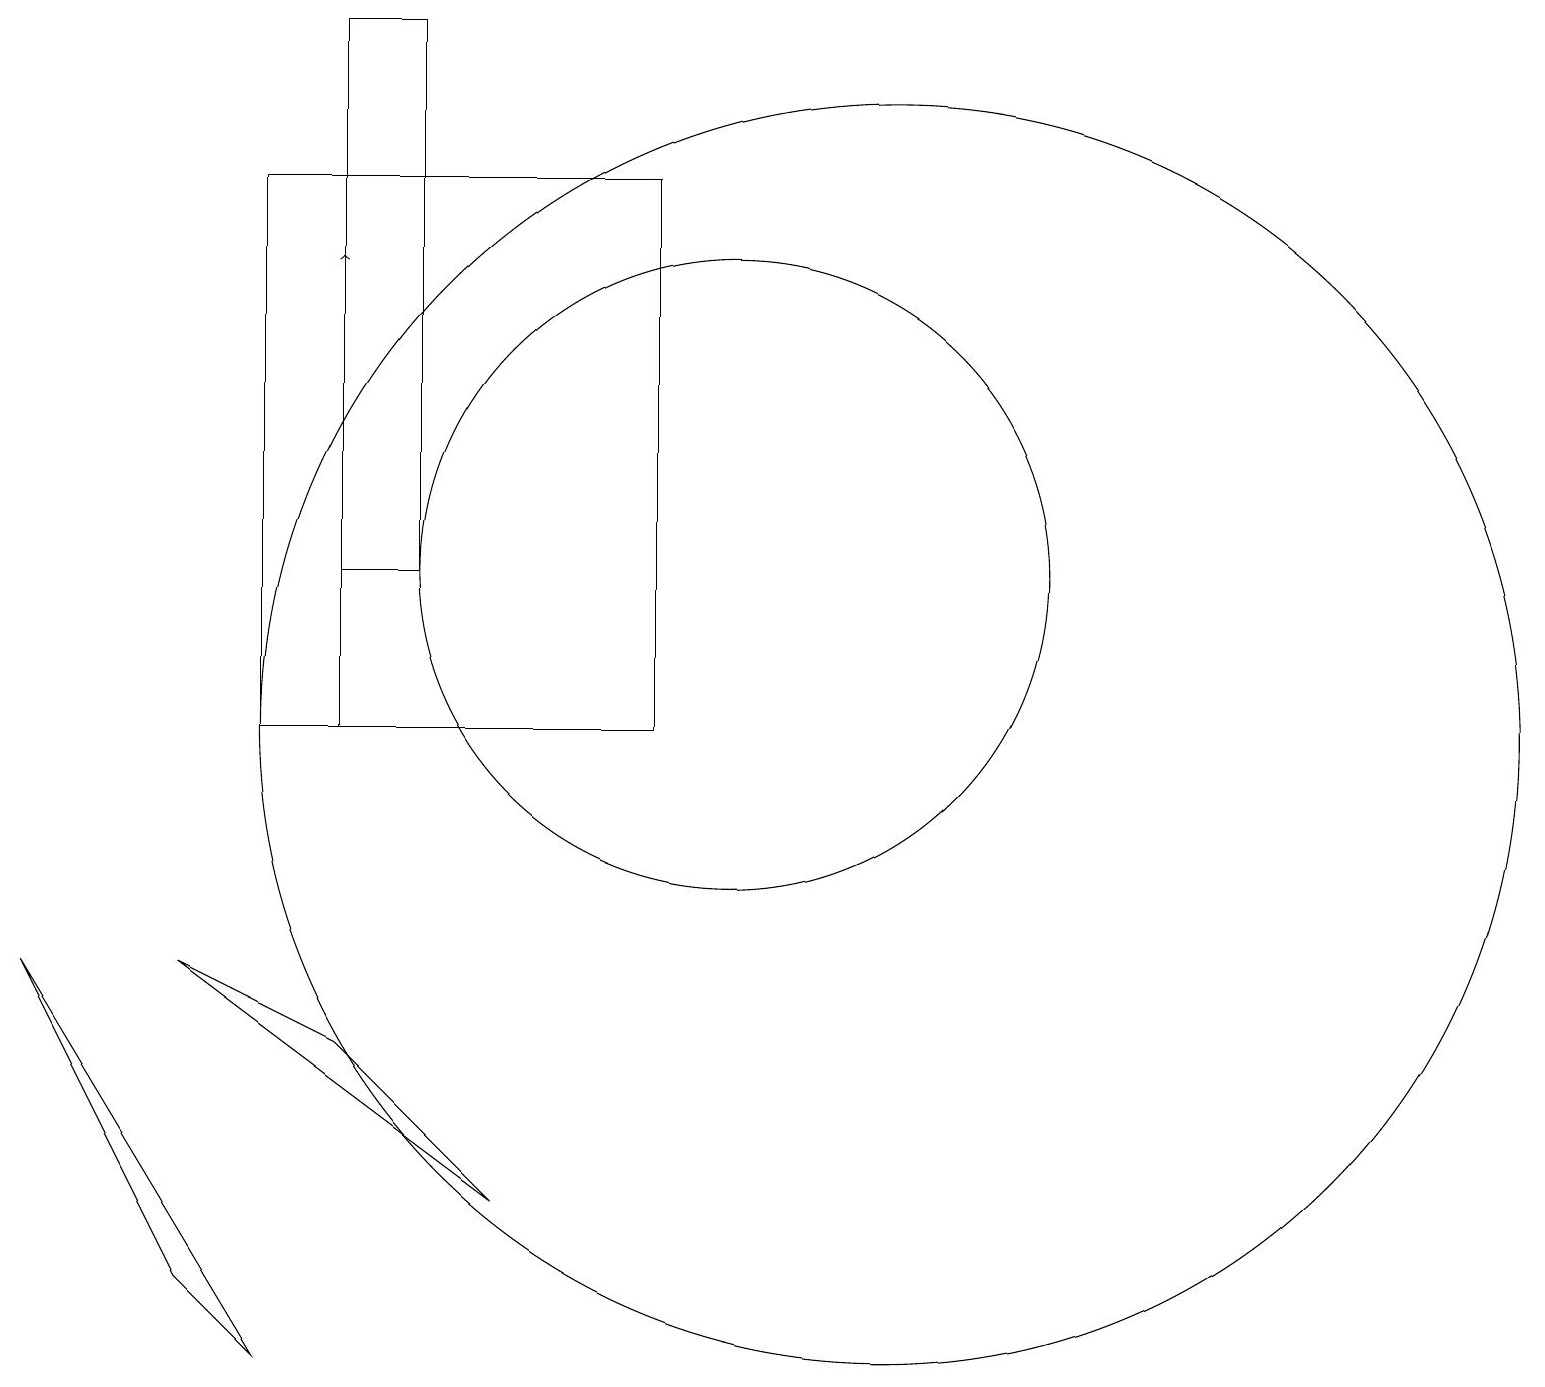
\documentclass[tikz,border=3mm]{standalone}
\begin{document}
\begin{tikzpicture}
\draw (10,12) circle (4);
\draw (12,10) circle (8);
\draw (4,10) rectangle (9,17);
\draw (3,3) -- (4,2) -- (1,7) -- cycle;
\draw[->] (5,10) -- (5,16);
\draw (5,19) rectangle (6,12);
\draw (3,7) -- (5,6) -- (7,4) -- cycle;
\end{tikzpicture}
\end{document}